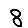
Digit: 8